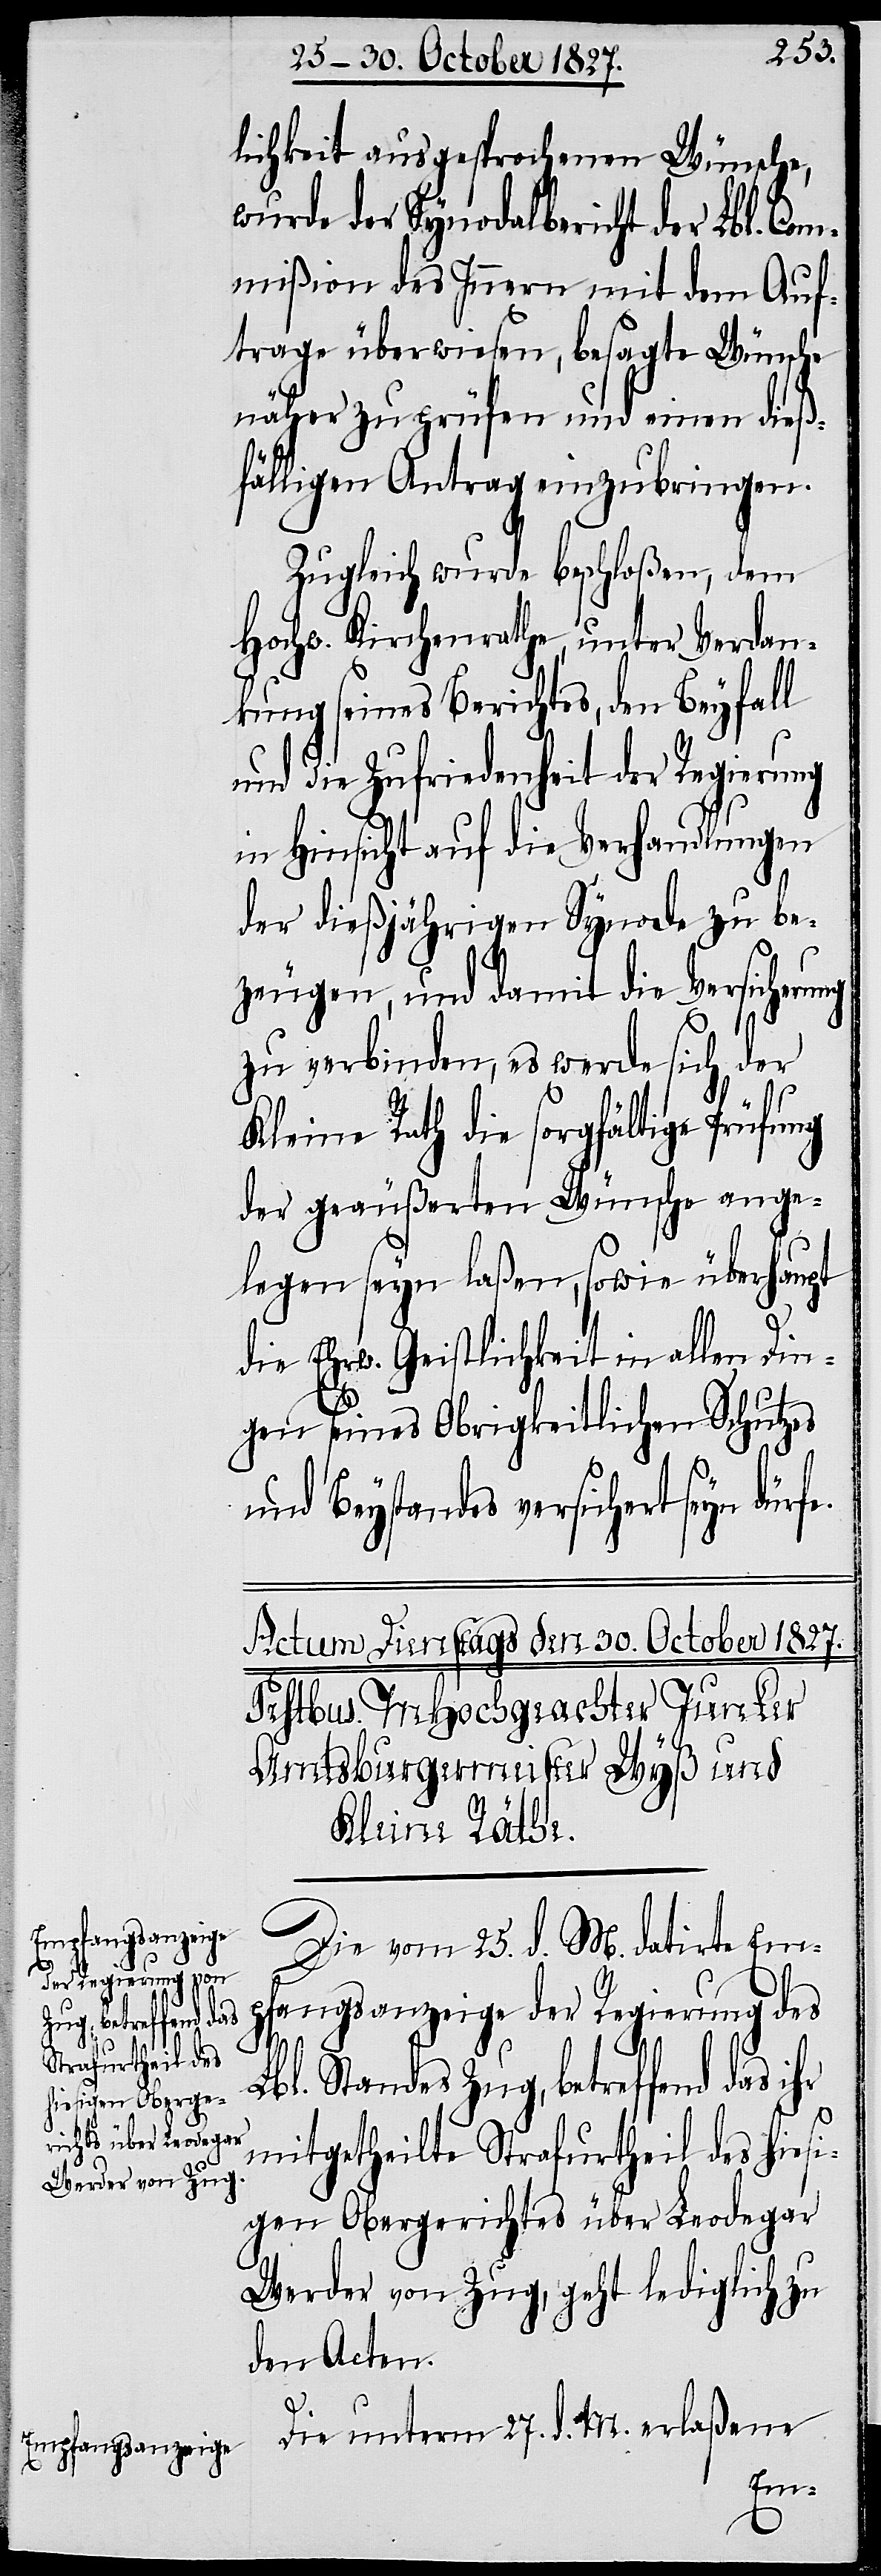
hr

lichkeit ausgesprochenen Wünsche,
wurde der Synodalbericht der Lbl. Com¬
mißion des Innern mit dem Auf¬
trage überwiesen, besagte Wünsche
näher zu prüfen und einen dieß¬
fälligen Antrag einzubringen.
Zugleich wurde beschloßen, dem
Hochw. Kirchenrath, unter Verdan¬
kung seines Berichtes, den Beyfall
und die Zufriedenheit der Regierung
in Hinsicht auf die Verhandlungen
der dießjährigen Synode zu be¬
zeugen, und damit die Versicherung
zu verbinden, es werde sich der
Kleine Rath die sorgfältige Prüfung
der geäußerten Wünsche ange¬
legen seyn laßen, sowie überhaupt
die Ehrw. Geistlichkeit in allen Din¬
gen seines Obrigkeitlichen Schutzes
und Beystandes versichert seyn dürf¬
Die vom 25. d. M. datirte Em¬
pfangsanzeige der Regierung des
Lbl. Standes Zug, betreffend das i¬
mitgetheilte Strafurtheil des hiesi¬
gen Obergerichtes über Leodegar
Werder von Zug, geht lediglich zu
den Acten.
Die unterm 27. d. M. erlaßene